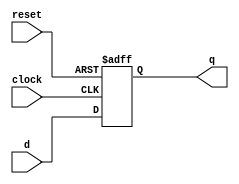
module pc_latch(
    input clock,
    input reset, 
    input [11:0] d,
    output reg [11:0] q
);

    always @(negedge clock or posedge reset) begin
       if (reset) begin
           q <= 12'd0;
       end else begin
           q <= d;
       end
   end

endmodule